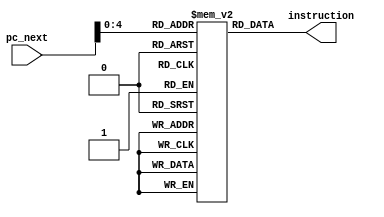
`timescale 1ns / 1ps
//////////////////////////////////////////////////////////////////////////////////
// Company: 
// Engineer: 
// 
// Design Name: 
// Module Name: instruction_memory
// Project Name: 
// Target Devices: 
// Tool Versions: 
// Description: 
// 
// Dependencies: 
// 
// Revision:
// Revision 0.01 - File Created
// Additional Comments:
// 
//////////////////////////////////////////////////////////////////////////////////


module instruction_memory(pc_next, instruction);

input [31:0] pc_next;
output [31:0] instruction;
parameter DEPTH = 25;
reg [31:0] inst_mem [DEPTH:0];
initial
begin
inst_mem[0] = 32'h00201020;
inst_mem[1] = 32'h00622022;
inst_mem[2] = 32'h00A43025;
inst_mem[3] = 32'h00E64024;
inst_mem[4] = 32'h01004880;
inst_mem[5] = 32'h012050C2;
//inst_mem[6] = 32'h014B6020;
inst_mem[6] = 32'h214B0005;
inst_mem[7] = 32'h216CFFFE;
inst_mem[8] = 32'h318D0005;
inst_mem[9] = 32'h35AE000A;

inst_mem[10] = 32'hADF00003;
inst_mem[11] = 32'hADF10004;
inst_mem[12] = 32'hADF20005;

inst_mem[13] = 32'h8DF30003;
inst_mem[14] = 32'h8DF20004;
inst_mem[15] = 32'h8DF50005;
 
inst_mem[16] = 32'h36B60000;

end

assign instruction = inst_mem[pc_next];

endmodule